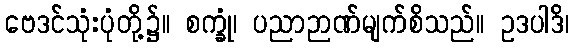
ဗေဒင်သုံးပုံတို့၌။ စက္ခုံ၊ ပညာဉာဏ်မျက်စိသည်။ ဥဒပါဒိ၊